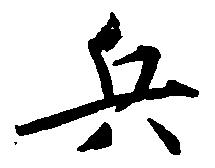
兵